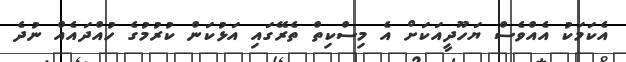
އެކަމަކު އެއްވެސް ޔަހޫދީއަކަށް އެ މިސްކިތް ތެރޭގައި އަޅުކަން ކުރުމުގެ ހުއްދައެއް ނުދެ